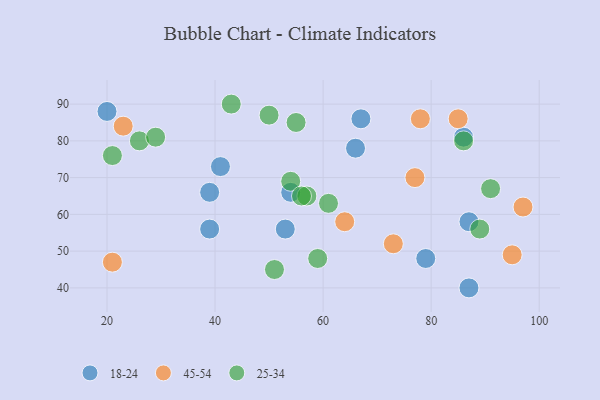
{"axis": {"x": "GDP", "y": "Life Expectancy"}, "legend": ["18-24", "25-34", "45-54"], "data": [{"x": "53", "y": 56, "type": "18-24"}, {"x": "66", "y": 78, "type": "18-24"}, {"x": "54", "y": 66, "type": "18-24"}, {"x": "41", "y": 73, "type": "18-24"}, {"x": "67", "y": 86, "type": "18-24"}, {"x": "87", "y": 58, "type": "18-24"}, {"x": "20", "y": 88, "type": "18-24"}, {"x": "79", "y": 48, "type": "18-24"}, {"x": "39", "y": 66, "type": "18-24"}, {"x": "87", "y": 40, "type": "18-24"}, {"x": "39", "y": 56, "type": "18-24"}, {"x": "86", "y": 81, "type": "18-24"}, {"x": "64", "y": 58, "type": "45-54"}, {"x": "85", "y": 86, "type": "45-54"}, {"x": "78", "y": 86, "type": "45-54"}, {"x": "77", "y": 70, "type": "45-54"}, {"x": "97", "y": 62, "type": "45-54"}, {"x": "73", "y": 52, "type": "45-54"}, {"x": "21", "y": 47, "type": "45-54"}, {"x": "23", "y": 84, "type": "45-54"}, {"x": "95", "y": 49, "type": "45-54"}, {"x": "26", "y": 80, "type": "25-34"}, {"x": "89", "y": 56, "type": "25-34"}, {"x": "54", "y": 69, "type": "25-34"}, {"x": "57", "y": 65, "type": "25-34"}, {"x": "59", "y": 48, "type": "25-34"}, {"x": "56", "y": 65, "type": "25-34"}, {"x": "43", "y": 90, "type": "25-34"}, {"x": "55", "y": 85, "type": "25-34"}, {"x": "91", "y": 67, "type": "25-34"}, {"x": "29", "y": 81, "type": "25-34"}, {"x": "50", "y": 87, "type": "25-34"}, {"x": "21", "y": 76, "type": "25-34"}, {"x": "51", "y": 45, "type": "25-34"}, {"x": "61", "y": 63, "type": "25-34"}, {"x": "86", "y": 80, "type": "25-34"}]}